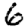
Digit: 6